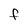
Character: F